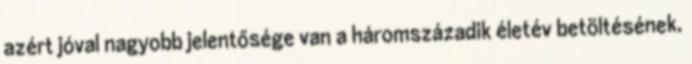
azért jóval nagyobb jelentősége van a háromszázadik életév betöltésének.